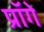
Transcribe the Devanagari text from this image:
प्रॉगे